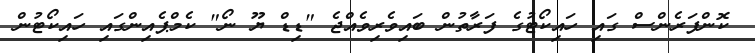
ކޮންފަރެންސް ގައި ހައިކޯޓުގެ ފަރާތުން ބައިވެރިވެއްޖެ "ޑިޑް ޔޫ ނޯ" ކެމްޕެއިންގައި ހައިކޯޓުން